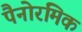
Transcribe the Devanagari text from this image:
पैनोरमिक